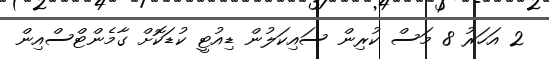
2 އަހަރު 8 މަސް ކުރިން ސައިކަލުން ޑިއުޓީ ކުޑަކޮށް ގާމެންޓްސްއިން